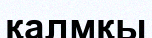
қалмқы